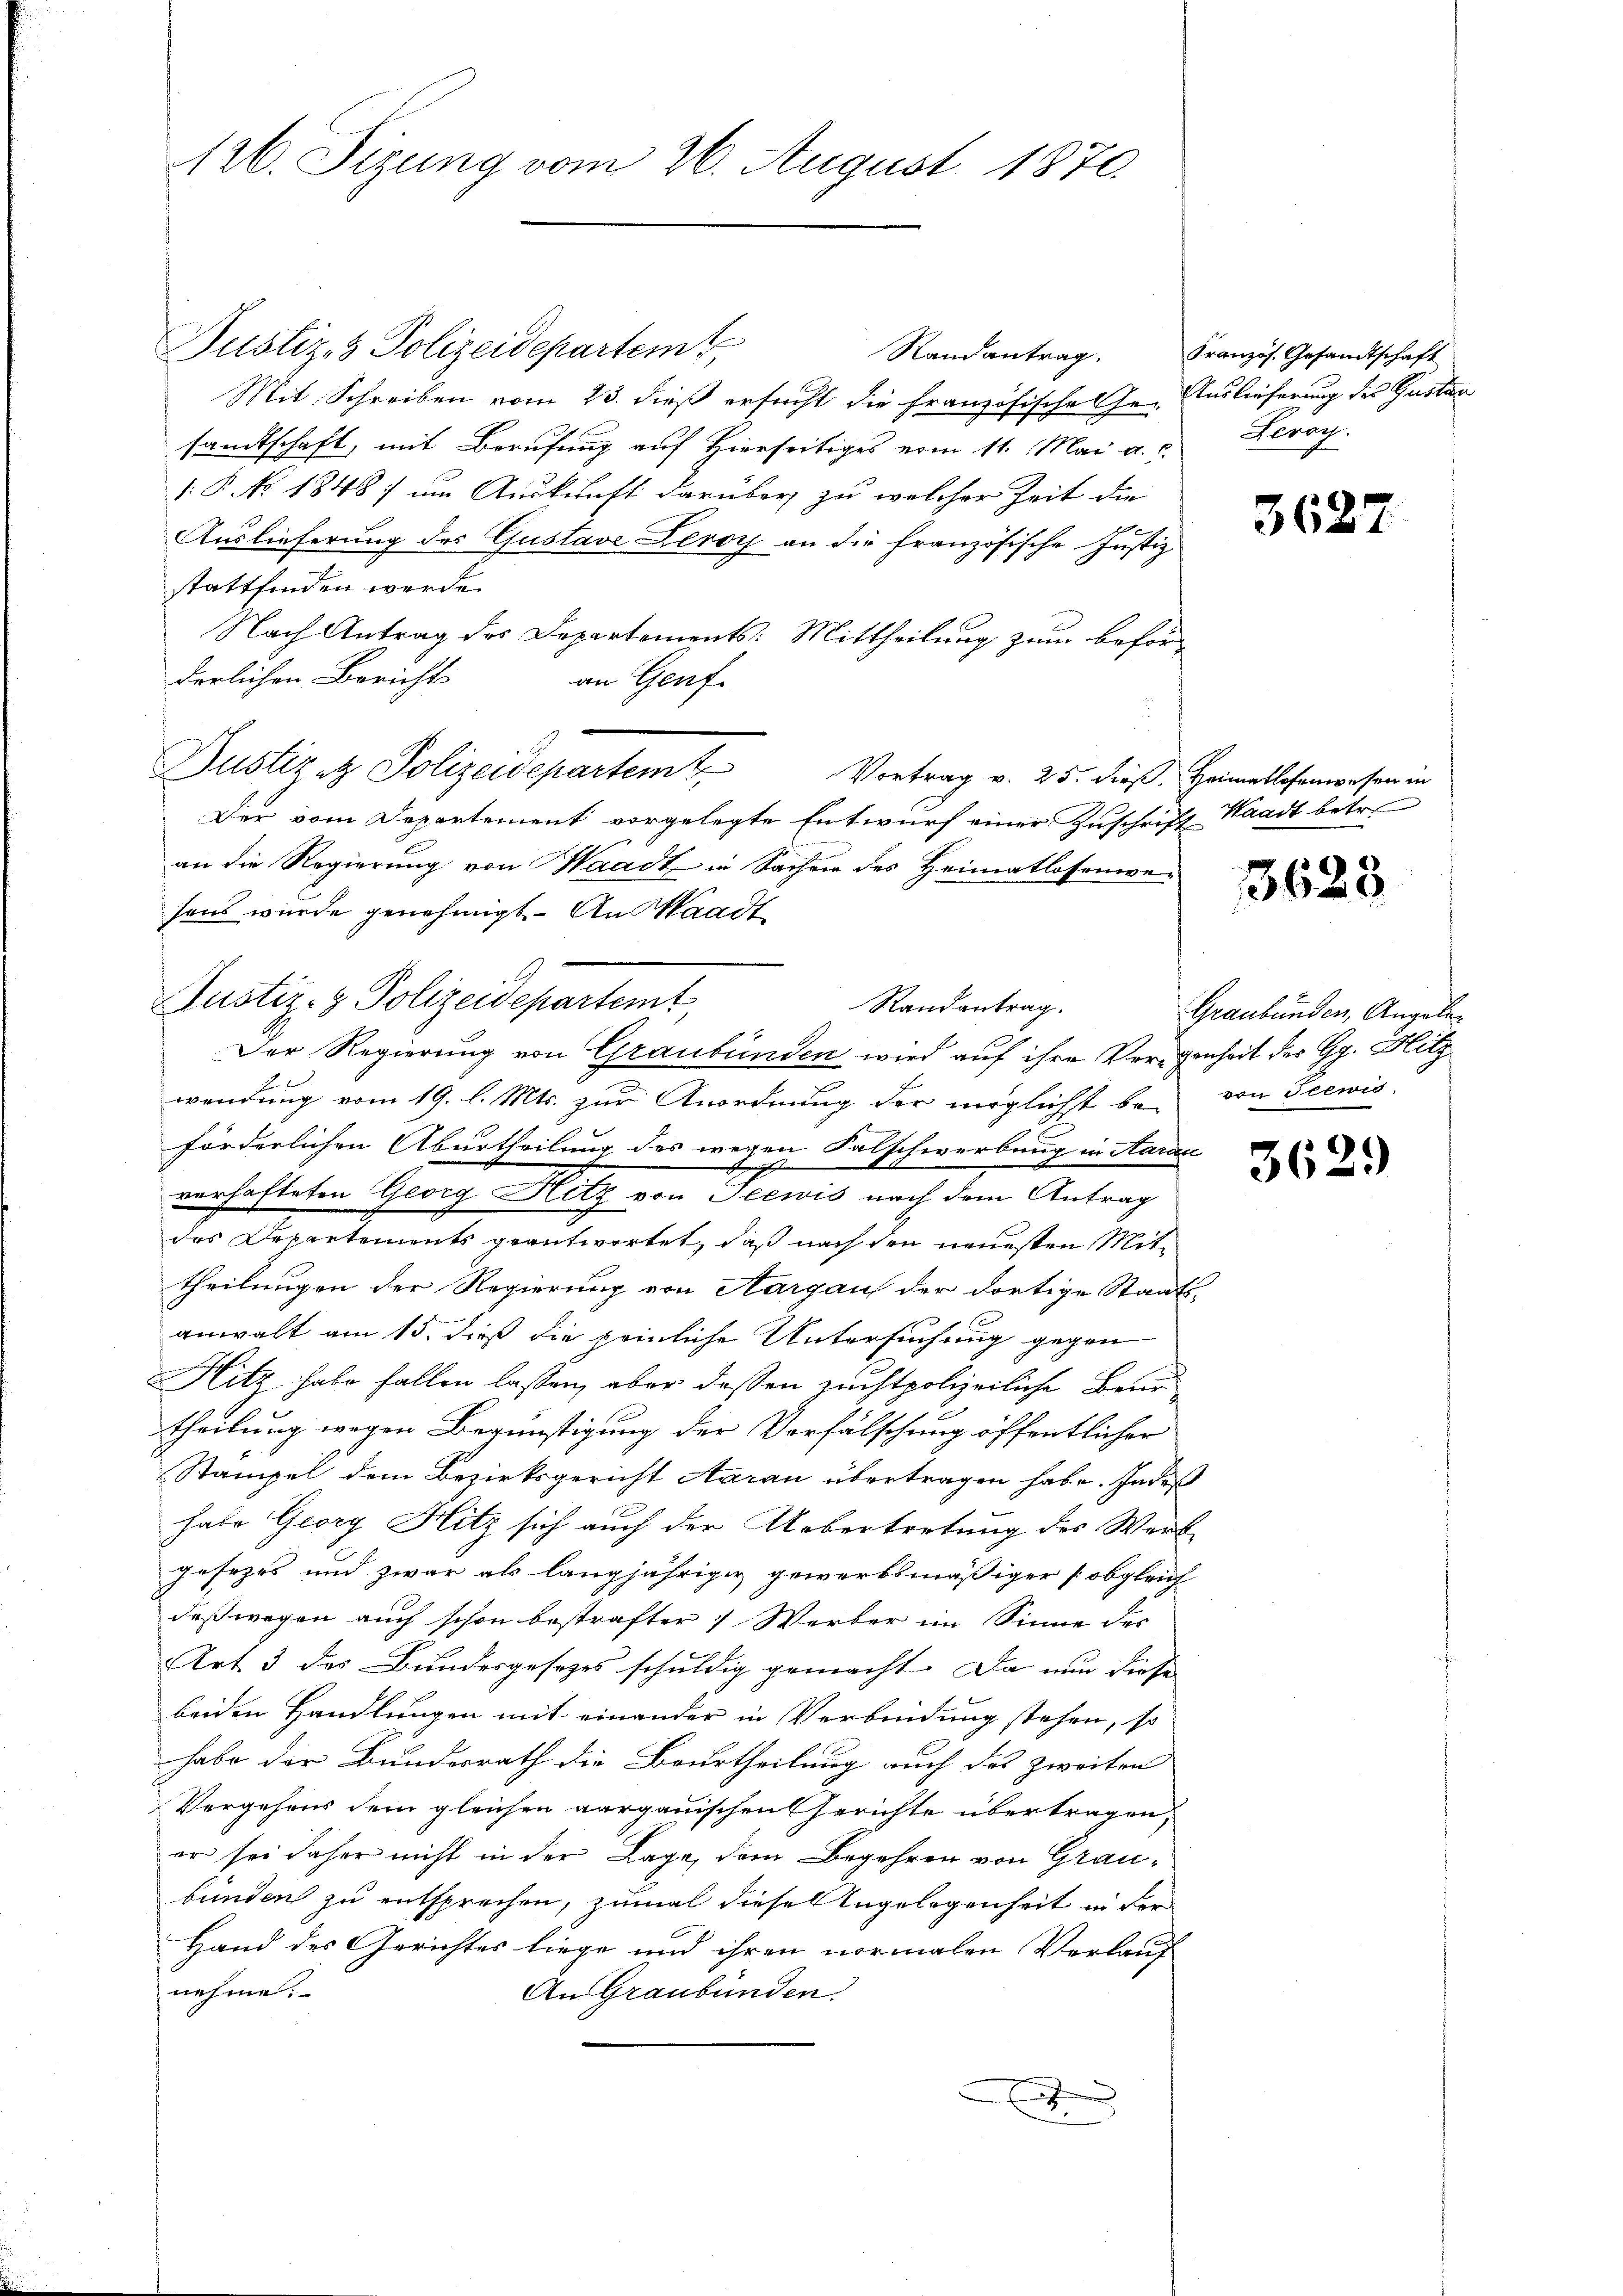
126. Sizung vom 26. August 1870.

Justiz- & Polizeidepartem
Randantrag.
Mit Schreiben vom 23. dieß ersucht die französische Ge- Auslieferung des Gustan
sandtschaft, mit Berufung auf Hierseitiges vom 11. Mai a. c.
1: P. No. 1848; um Auskunft darüber zu welcher Zeit die
b
Auslieferung des Gustave Leroy an die französische Justiz
stattfinden werde.
Nach Antrag des Departements: Mittheilung zum beförderlichen Bericht
an Genf.
Justiz & Polizeidepartemt
Vortrag v. 25. dieß. Heimatlosenwesen in
Der vom Departement vorgelegte Entwurf einer Zuschrift Waadt betr.
an die Regierung von Waadt in Sachen des Heimatlosenwesens wurde genehmigt.- An Staadt
Justiz- & Polizeidepartemt,
Der Regierung von Graubünden wird auf ihre Vergenheit der Gg. Hitz
wendung vom 19. l. Mts. zur Anordnung der möglichst bei von Seewis
förderlichen Aburtheilung des wegen Falschwerbung in Aarau
g
verhafteten Georg Hitz von Seewis nach dem Antrag
das Departements geantwortet, daß nach den neuesten Mittheilungen der Regierung von Aargau der dortige Staats-
anwalt am 15. dieß die peinliche Untersuchung gegen
f
Hitz habe fallen lassen, aber dessen zuchtpolizeiliche Ber
theilung wegen Begünstigung der Vorfälschung öffentlicher
Stampel dem Bezirksgericht Aarau übertragen habe. In deß
habe Georg Hitz sich auch der Uebertretung des Werk
Jesezes und zwar als langjähriger gewerbsmäßiger (obgleich
deßwegen auch schon bestrafter 1 Werber im Sinne des
Art. 3 des Bundesgesetzes schuldig gemacht. Da nun diese
beiden Handlungen mit einander in Verbindung stehen, so
habe der Bundesrath die Beurtheilung auch das zweiten
Vergehens dem gleichen aargauischen Gerichte übertragen,
er sei daher nicht in der Lage, dem Begehren von Grau-
bünden zu entsprechen, zumal diese Angelegenheit in der
Hand des Gerichtes liege und ihren normalen Verlauf
nehme.
An Graubünden.
x

Randantrag.

Französ. Gesandtschaft
Levoy.

3627

3623

Graubünden, Angele¬

3629